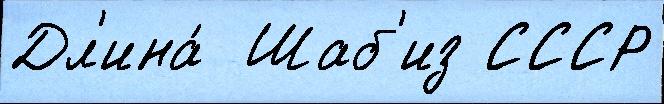
Дл'ина́  Шаб'из СССР